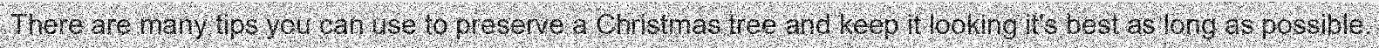
There are many tips you can use to preserve a Christmas tree and keep it looking it's best as long as possible.